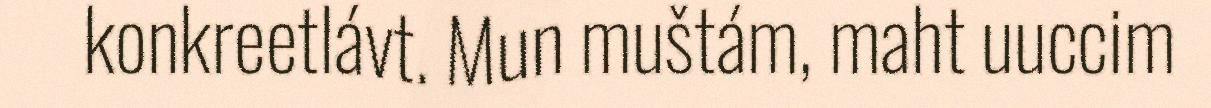
konkreetlávt. Mun muštám, maht uuccim